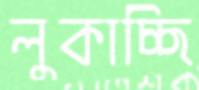
লুকাচ্ছি